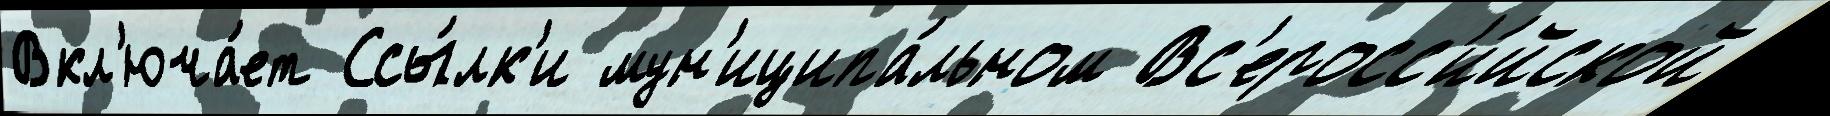
Вкл'юча́ет Ссы́лк'и мун'иципа́льном Вс'еросс'и́йской